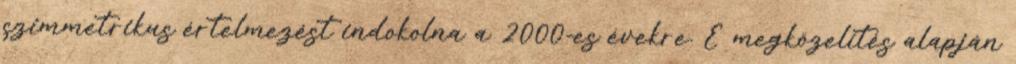
szimmetrikus értelmezést indokolna a 2000-es évekre. E megközelítés alapján